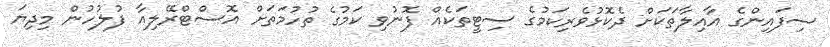
ސިފައިންގެ އާއިލާތަކަށް ދެކޮޅުވެރިކަމުގެ ސިޓީތަކެއް ފޮނުވި ކަމުގެ ތުހުމަތަށް އޮސްޓްރޭލިއާ ފުލުހުން މިދިޔަ